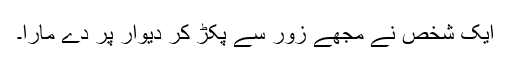
ایک شخص نے مجھے زور سے پکڑ کر دیوار پر دے مارا۔